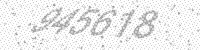
Solution: 945618